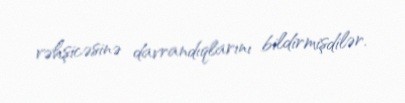
vəhşicəsinə davrandıqlarını bildirmişdilər.